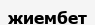
жиембет